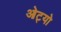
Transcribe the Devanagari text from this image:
ओट्यो